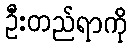
ဦးတည်ရာကို